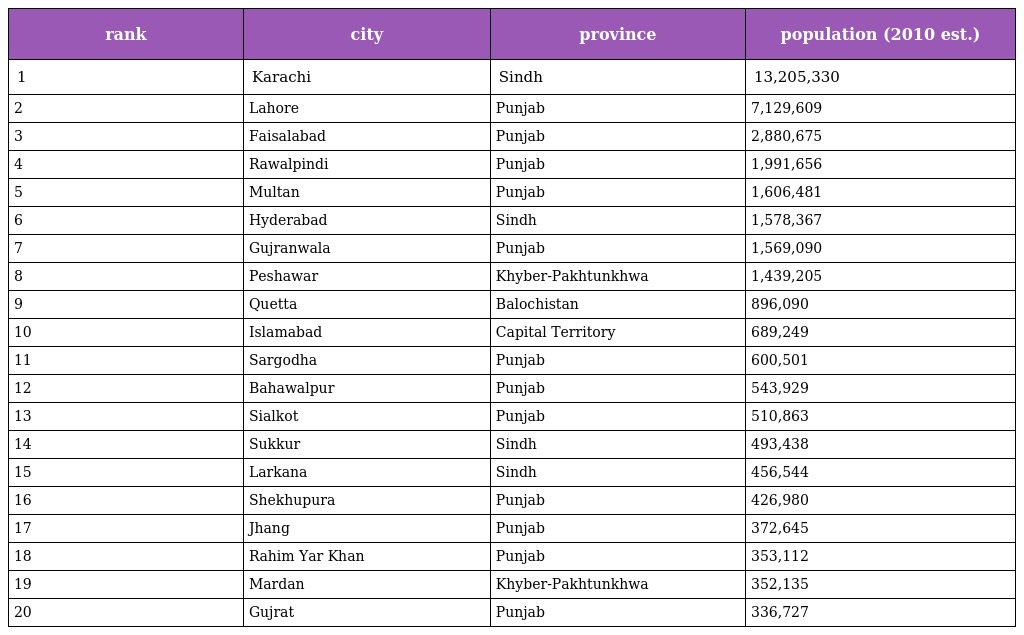
| rank | city | province | population (2010 est.) |
 | --- | --- | --- | --- |
 | 1 | Karachi | Sindh | 13,205,330 |
 | 2 | Lahore | Punjab | 7,129,609 |
 | 3 | Faisalabad | Punjab | 2,880,675 |
 | 4 | Rawalpindi | Punjab | 1,991,656 |
 | 5 | Multan | Punjab | 1,606,481 |
 | 6 | Hyderabad | Sindh | 1,578,367 |
 | 7 | Gujranwala | Punjab | 1,569,090 |
 | 8 | Peshawar | Khyber-Pakhtunkhwa | 1,439,205 |
 | 9 | Quetta | Balochistan | 896,090 |
 | 10 | Islamabad | Capital Territory | 689,249 |
 | 11 | Sargodha | Punjab | 600,501 |
 | 12 | Bahawalpur | Punjab | 543,929 |
 | 13 | Sialkot | Punjab | 510,863 |
 | 14 | Sukkur | Sindh | 493,438 |
 | 15 | Larkana | Sindh | 456,544 |
 | 16 | Shekhupura | Punjab | 426,980 |
 | 17 | Jhang | Punjab | 372,645 |
 | 18 | Rahim Yar Khan | Punjab | 353,112 |
 | 19 | Mardan | Khyber-Pakhtunkhwa | 352,135 |
 | 20 | Gujrat | Punjab | 336,727 |